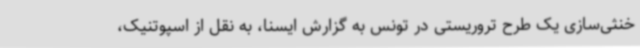
خنثی‌سازی یک طرح تروریستی در تونس به گزارش ایسنا، به نقل از اسپوتنیک،